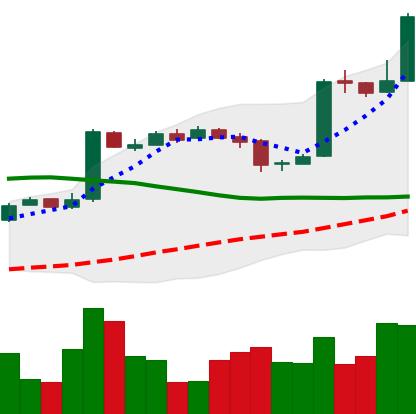
Ticker: BTC-USD
Chart end date: 2016-10-26
Forward return: 3.342%
Label: up_3_5